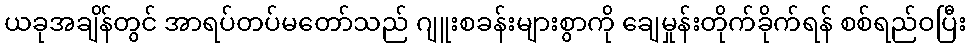
ယခုအချိန်တွင် အာရပ်တပ်မတော်သည် ဂျူးစခန်းများစွာကို ချေမှုန်းတိုက်ခိုက်ရန် စစ်ရည်ဝပြီး